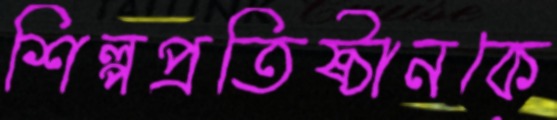
শিল্পপ্রতিষ্ঠানকে